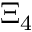
\Xi _ { 4 }